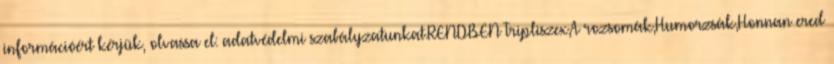
információért kérjük, olvassa el: adatvédelmi szabályzatunkat.RENDBEN Tripliszex,A rozsomák,Humorzsák,Honnan ered